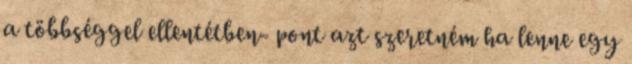
a többséggel ellentétben- pont azt szeretném ha lenne egy